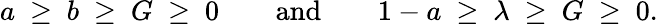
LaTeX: a\ \geq\ b\ \geq\ G\ \geq\ 0\qquad\mathrm{and}\qquad 1-a\ \geq\ \lambda\ \geq\ G\ \geq\ 0.